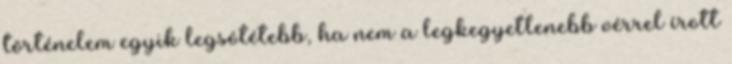
történelem egyik legsötétebb, ha nem a legkegyetlenebb vérrel írott